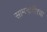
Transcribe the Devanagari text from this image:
सामनावीरचा